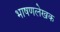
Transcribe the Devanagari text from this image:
भाषणलेखक